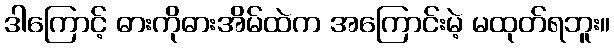
ဒါကြောင့် ဓားကိုဓားအိမ်ထဲက အကြောင်းမဲ့ မထုတ်ရဘူး။